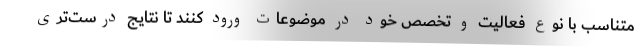
متناسب با نوع فعالیت و تخصص خود در موضوعات ورود کنند تا نتایج درست‌تری